Vaccination returns of the Province of Eastern Bengal and Assam - 1905-1912
Year: 1905
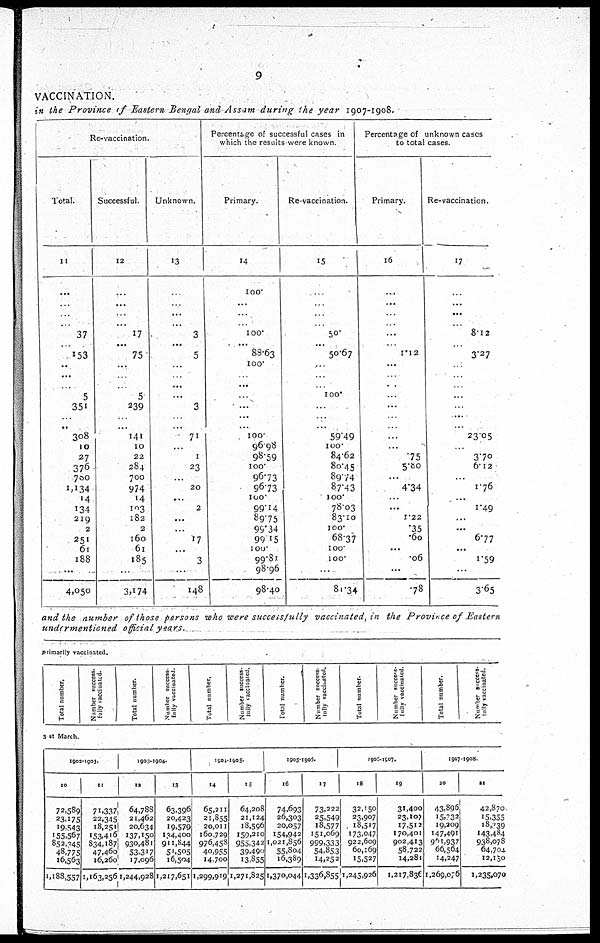
9
VACCINATION.
in the Province of Eastern Bengal and Assam during the year 1907-1908.
Re-vaccination.
Total.
11
...
...
...
...
37
...
153
...
...
...
5
351
...
...
308
10
27
376
700
1,134
14
134
219
2
251
61
188
...
4,050
Successful.
12
...
...
...
...
17
...
75
...
...
...
5
239
...
...
141
10
22
284
700
974
14
103
182
2
160
61
185
...
3,174
Unknown.
13
...
...
...
...
3
...
5
...
...
...
...
3
...
...
71
...
1
23
...
20
...
2
...
...
17
...
3
...
148
Percentage of successful cases in
which the results were known.
Primary.
14
100.
...
...
...
100.
...
88.63
100.
...
...
...
...
...
...
100.
96.98
98.59
100.
96.73
96.73
100.
99.14
89.72
99.34
99.15
100.
99.81
98.96
98.40
Re-vaccination.
15
...
...
...
...
50.
...
50.67
...
...
...
100.
...
...
...
59.49
100.
84.62
80.45
89.74
87.43
100.
78.03
83.10
100.
68.37
100.
100.
...
81.34
Percentage of unknown cases
to total cases.
Primary.
16
...
...
...
...
...
...
1.12
...
...
...
...
...
...
...
...
...
.75
5.80
...
4.34
...
...
1.22
.35
.60
...
.06
...
.78
Re-vaccination.
17
...
...
...
...
8.12
...
3.27
...
...
...
...
...
...
...
23.05
...
3.70
6.12
...
1.76
...
1.49
...
...
6.77
...
1.59
...
3.65
and the number of those persons who were successfully
vaccinated, in the Province of Eastern
undermentioned
official years.
primarily vaccinated.
Total number.
Number success-
fully vaccinated.
Total number.
Number success-
fully vaccinated.
Total number.
Number success-
fully vaccinated.
Total number.
Number success-
fully vaccinated.
Total number.
Number success-
fully vaccinated.
Total number.
Number success-
fully vaccinated.
31st March.
1902-1903.
10
72,589
23,175
19,543
155,567
852,045
48,775
16,563
1,188,557
11
71,337
22,345
18,251
153,416
834,187
47,460
16,260
1,163,256
1903-1904.
12
64,788
21,462
20,634
137,150
930,481
53,317
17,096
1,244,928
13
63,396
20,423
19,579
134,400
911,844
51,505
16,504
1,217,651
1904-1905.
14
65,211
21,855
20,011
160,729
976,458
40,955
14,700
1,299,919
15
64,208
21,124
18,596
159,210
955,342
39,490
13,855
1,271,825
1905-1906.
16
74,693
26,303
20,057
154,942
1,021,856
55,804
16,389
1,370,044
17
73,222
25,549
18,577
151,069
999,333
54,853
14,252
1,336,855
1906-1907.
18
32,150
23,907
18,517
173,047
922,609
60,169
15,527
1,245,926
19
31,400
23,107
17,512
170,401
902,413
58,722
14,281
1,217,836
1907-1908.
20
43,896
15,032
19,209
147,491
961,937
66,564
14,247
1,269,076
21
42,870
15,355
18,039
143,484
938,078
64,704
12,150
1,235,070